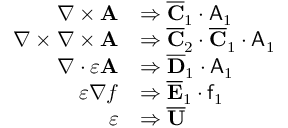
\begin{array} { r l } { \nabla \times \mathbf { A } } & { \Rightarrow \overline { { \mathbf { C } } } _ { 1 } \cdot \mathsf { A } _ { 1 } } \\ { \nabla \times \nabla \times \mathbf { A } } & { \Rightarrow \overline { { \mathbf { C } } } _ { 2 } \cdot \overline { { \mathbf { C } } } _ { 1 } \cdot \mathsf { A } _ { 1 } } \\ { \nabla \cdot \varepsilon \mathbf { A } } & { \Rightarrow \overline { { \mathbf { D } } } _ { 1 } \cdot \mathsf { A } _ { 1 } } \\ { \varepsilon \nabla f } & { \Rightarrow \overline { { \mathbf { E } } } _ { 1 } \cdot \mathsf { f } _ { 1 } } \\ { \varepsilon } & { \Rightarrow \overline { { \mathbf { U } } } } \end{array}